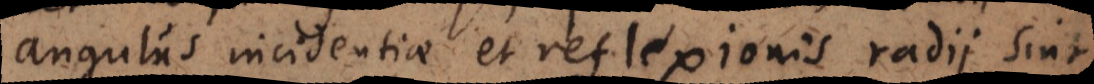
angulus incidentiae et reflexionis radii sint